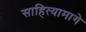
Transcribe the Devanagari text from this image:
साहित्यामागे